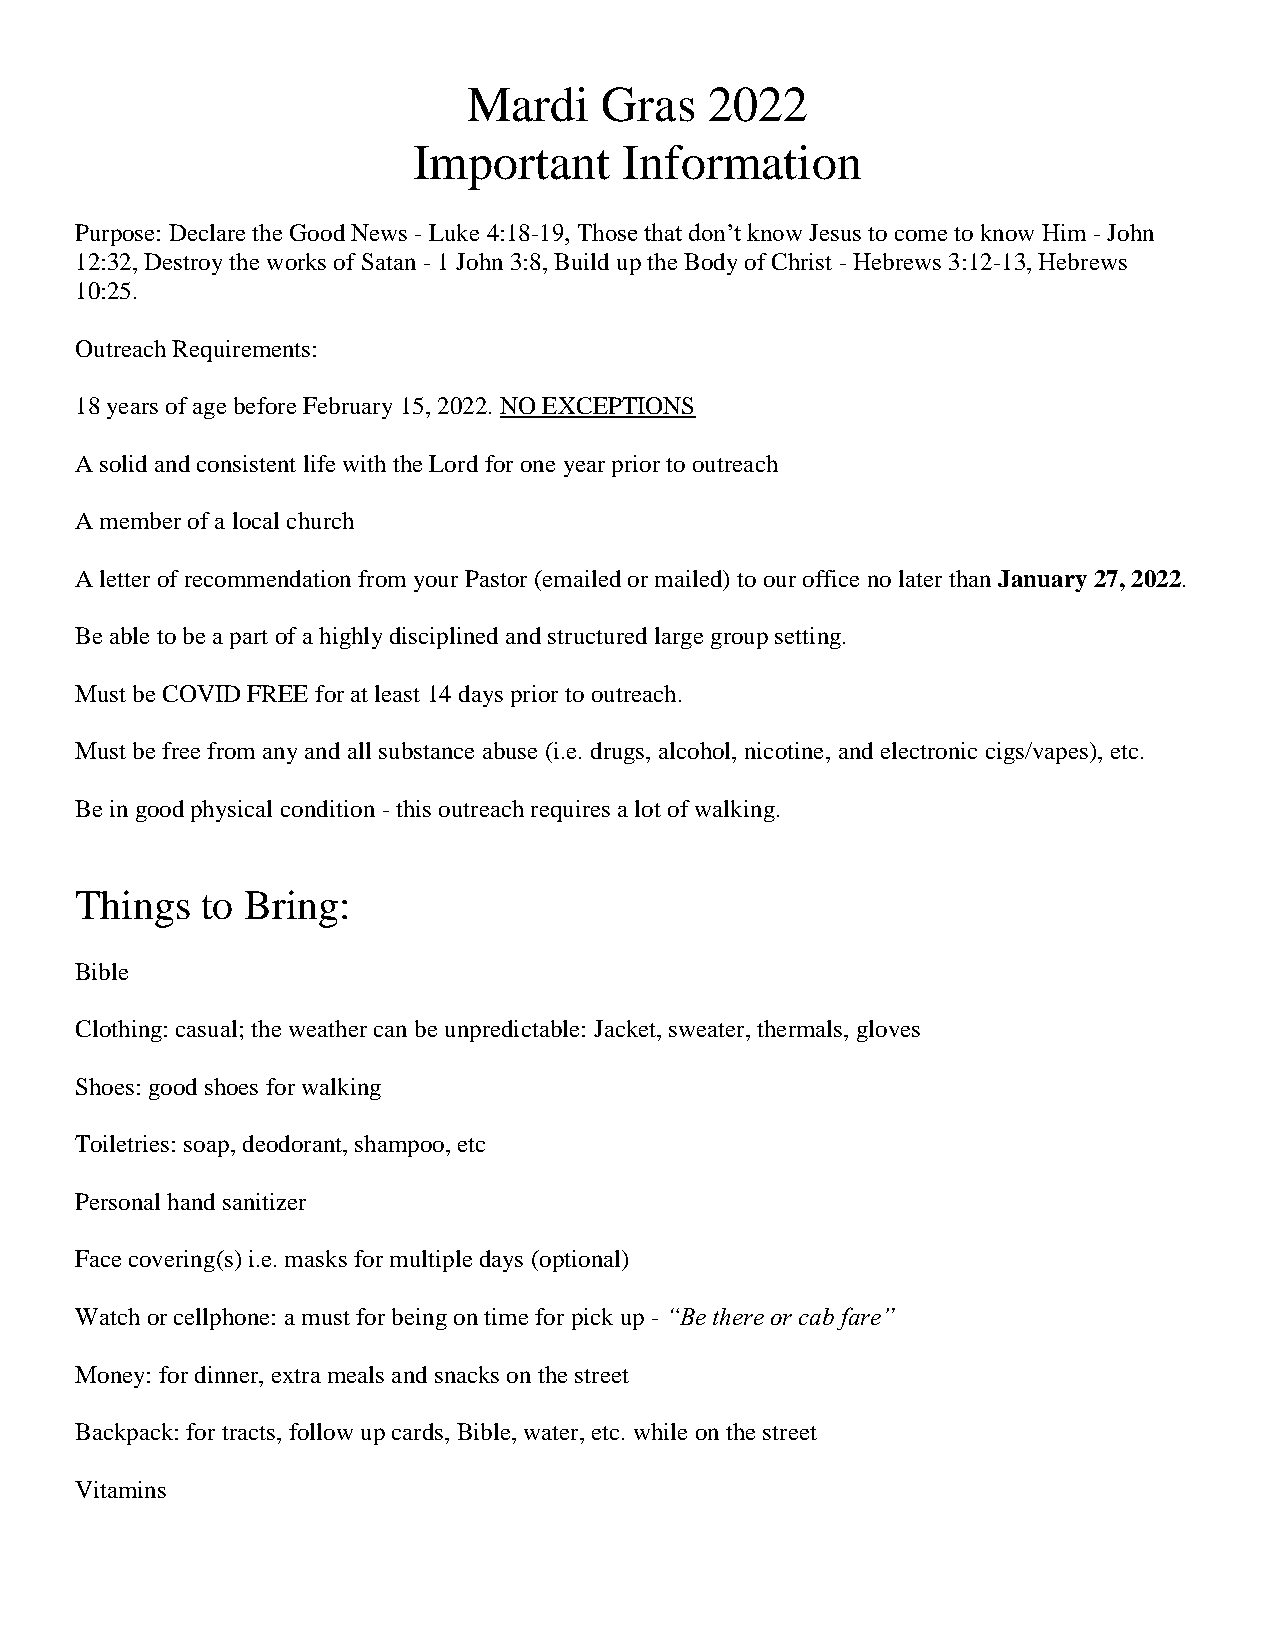
Mardi    Gras   2022
 Important     Information
 Purpose: Declare the Good News - Luke 4:18-19, Those that don’t know Jesus to come to know Him - John
 12:32, Destroy the works of Satan - 1 John 3:8, Build up the Body of Christ - Hebrews 3:12-13, Hebrews
 10:25.
 Outreach Requirements:
 18 years of age before February 15, 2022. NO EXCEPTIONS
 A solid and consistent life with the Lord for one year prior to outreach
 A member of a local church
 A letter of recommendation from your Pastor (emailed or mailed) to our office no later than January 27, 2022.
 Be able to be a part of a highly disciplined and structured large group setting.
 Must be COVID FREE for at least 14 days prior to outreach.
 Must be free from any and all substance abuse (i.e. drugs, alcohol, nicotine, and electronic cigs/vapes), etc.
 Be in good physical condition - this outreach requires a lot of walking.
 Things  to Bring:
 Bible
 Clothing: casual; the weather can be unpredictable: Jacket, sweater, thermals, gloves
 Shoes: good shoes for walking
 Toiletries: soap, deodorant, shampoo, etc
 Personal hand sanitizer
 Face covering(s) i.e. masks for multiple days (optional)
 Watch or cellphone: a must for being on time for pick up - “Be there or cab fare”
 Money: for dinner, extra meals and snacks on the street
 Backpack: for tracts, follow up cards, Bible, water, etc. while on the street
 Vitamins